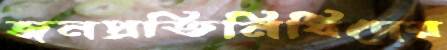
জনপ্রতিনিধিদের